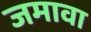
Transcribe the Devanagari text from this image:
जमावा